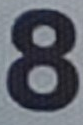
8